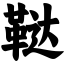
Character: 鞑